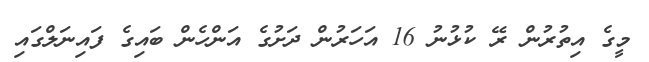
މީގެ އިތުރުން ރޭ ކުޅުނު 16 އަހަރުން ދަށުގެ އަންހެން ބައިގެ ފައިނަލްގައި